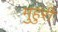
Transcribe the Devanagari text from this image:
मुहुरी